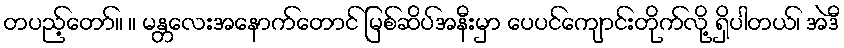
တပည့်တော်။ ။ မန္တလေးအနောက်တောင် မြစ်ဆိပ်အနီးမှာ ပေပင်ကျောင်းတိုက်လို့ ရှိပါတယ်၊ အဲဒီ